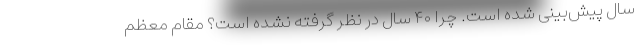
سال پیش‌بینی شده است. چرا ۴۰ سال در نظر گرفته نشده است؟ مقام معظم